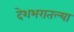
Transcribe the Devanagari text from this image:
देशभरातल्या